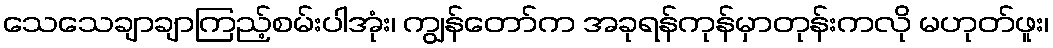
သေသေချာချာကြည့်စမ်းပါအုံး၊ ကျွန်တော်က အခုရန်ကုန်မှာတုန်းကလို မဟုတ်ဖူး၊